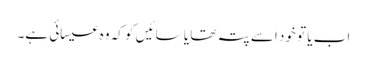
اب یا تو خود اسے پتہ تھا یا سائیں کو کہ وہ عیسائی ہے۔